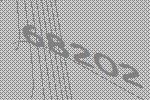
68202